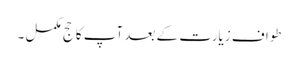
طواف زیارت کے بعد آپ کا حج مکمل ۔